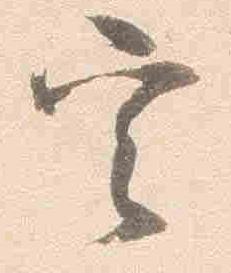
定